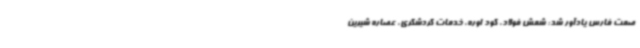
صمت فارس یادآور شد: شمش فولاد، کود اوره، خدمات گردشگری، عصاره شیرین